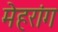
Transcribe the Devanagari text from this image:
मेहरांग